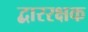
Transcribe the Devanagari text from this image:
द्बाररक्षक